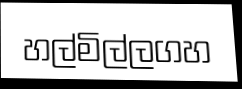
හල්මිල්ලගහ